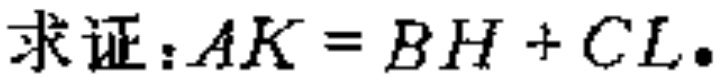
求证：\(AK = BH + CL\)。